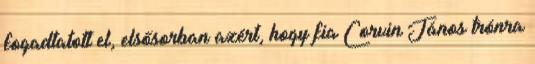
fogadtatott el, elsősorban azért, hogy fia Corvin János trónra